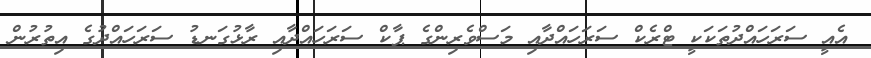
އެއީ ސަރަހައްދުތަކަކީ ޓްރެކް ސަރަހައްދާއި މަސްވެރިންގެ ޕާކް ސަރަހައްދާއި ރާޅުގަނޑު ސަރަހައްދުގެ އިތުރުން